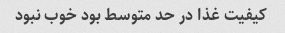
کیفیت غذا در حد متوسط بود خوب نبود